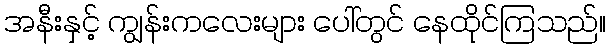
အနီးနှင့် ကျွန်းကလေးများ ပေါ်တွင် နေထိုင်ကြသည်။